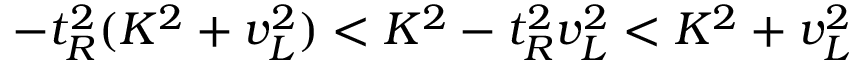
- t _ { R } ^ { 2 } ( K ^ { 2 } + v _ { L } ^ { 2 } ) < K ^ { 2 } - t _ { R } ^ { 2 } v _ { L } ^ { 2 } < K ^ { 2 } + v _ { L } ^ { 2 }